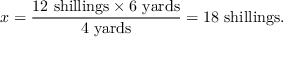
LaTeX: x = { \frac { 1 2 \ { \mathrm { s h i l l i n g s } } \times 6 \ { \mathrm { y a r d s } } } { 4 \ { \mathrm { y a r d s } } } } = 1 8 \ { \mathrm { s h i l l i n g s } } .